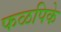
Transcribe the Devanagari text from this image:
फळपिके